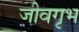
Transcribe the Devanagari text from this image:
जीवगृभ